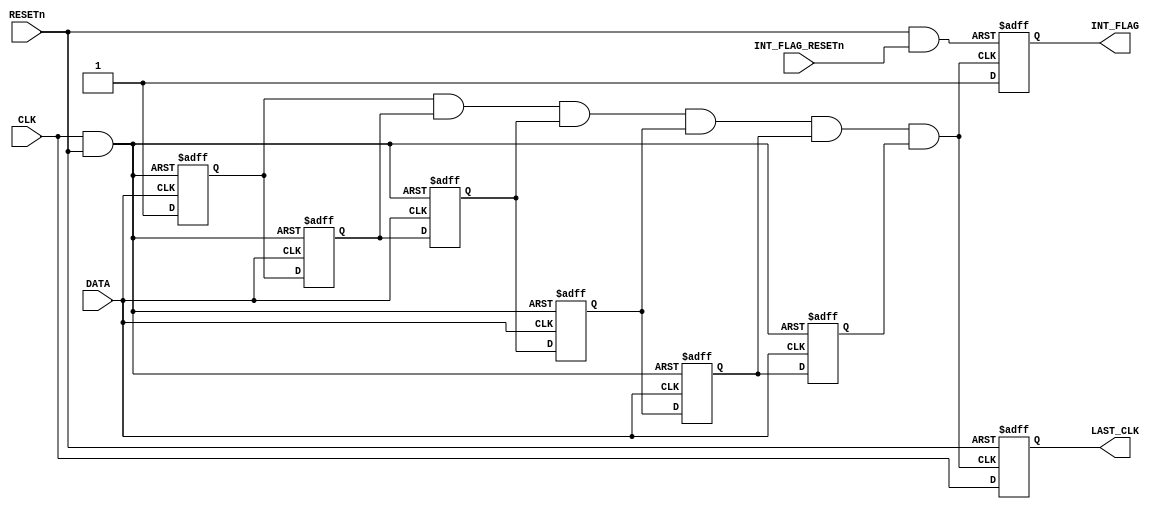
module flpv3l_mbus_swapper (
    //Inputs
    input      CLK,
    input      RESETn,
    input      DATA,
    input      INT_FLAG_RESETn,
    //Outputs
    output reg LAST_CLK,
    output reg INT_FLAG
    );

    //Internal Declerations
    wire negp_reset;
    wire posp_reset;
    //Negative Phase Clock Resets
    reg  pose_negp_clk_0; //Positive Edge
    reg  nege_negp_clk_1; //Negative Edge
    reg  pose_negp_clk_2;
    reg  nege_negp_clk_3;
    reg  pose_negp_clk_4;
    reg  nege_negp_clk_5;
    wire negp_int;        //Negative Phase Interrupt
    //Interrupt Reset
    wire int_resetn;
 
    assign negp_reset = ~( CLK && RESETn);
    
    //////////////////////////////////////////
    // Interrupt Generation
    //////////////////////////////////////////
    
    //Negative Phase Clock Resets
    always @(posedge DATA or posedge negp_reset) begin
        if (negp_reset) begin
            pose_negp_clk_0 = 0;
            pose_negp_clk_2 = 0;
            pose_negp_clk_4 = 0;
        end
        else begin
            pose_negp_clk_0 = 1;
            pose_negp_clk_2 = nege_negp_clk_1;
            pose_negp_clk_4 = nege_negp_clk_3;
        end
    end
 
    always @(negedge DATA or posedge negp_reset) begin
        if (negp_reset) begin
            nege_negp_clk_1 = 0;
            nege_negp_clk_3 = 0;
            nege_negp_clk_5 = 0;
        end
        else begin
            nege_negp_clk_1 = pose_negp_clk_0;
            nege_negp_clk_3 = pose_negp_clk_2;
            nege_negp_clk_5 = pose_negp_clk_4;
        end
    end
 
    //Negative Phase Interrupt Generation
    assign negp_int = pose_negp_clk_0 && nege_negp_clk_1 &&
                      pose_negp_clk_2 && nege_negp_clk_3 &&
                      pose_negp_clk_4 && nege_negp_clk_5;
 
    //Interrupt Check & Clear
    assign int_resetn = RESETn && INT_FLAG_RESETn;
    
    always @(posedge negp_int or negedge int_resetn) begin
        if (~int_resetn) INT_FLAG = 0;
        else             INT_FLAG = 1;
    end
 
    //////////////////////////////////////////
    // Last Seen Clock
    //////////////////////////////////////////
 
    always @(posedge negp_int or negedge RESETn) begin
        if (~RESETn) LAST_CLK = 0;
        else         LAST_CLK = CLK;
    end
    
 endmodule